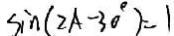
\sin ( 2 A - 3 0 ^ { \circ } ) = 1